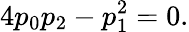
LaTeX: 4p_{0}p_{2}-p_{1}^{2}=0.